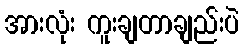
အားလုံး ကူးချတာချည်းပဲ